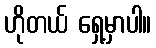
ဟိုတယ် ရှေ့မှာပါ။